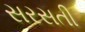
સરસતી